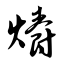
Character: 爝